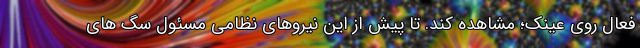
فعال روی عینک؛ مشاهده کند. تا پیش از این نیروهای نظامی مسئول سگ های